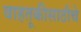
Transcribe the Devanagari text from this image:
वाहतूकीसाठीचे